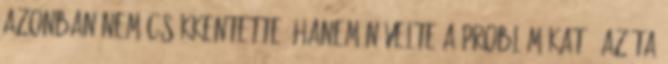
azonban nem csökkentette, hanem növelte a problémákat – azóta